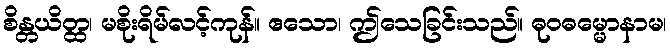
စိန္တယိတ္ထ၊ မစိုးရိမ်လင့်ကုန်။ ဧသော၊ ဤသေခြင်းသည်။ ဓုဝဓမ္မောနာမ၊